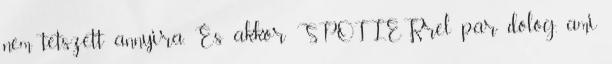
nem tetszett annyira. És akkor SPOILERrel pár dolog, ami